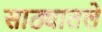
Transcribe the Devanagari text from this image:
साठ्यातले